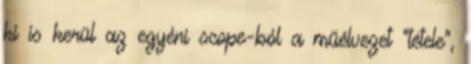
ki is kerül az egyéni scope-ból a műélvezet "tétele",